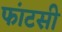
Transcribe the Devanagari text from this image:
फांटसी